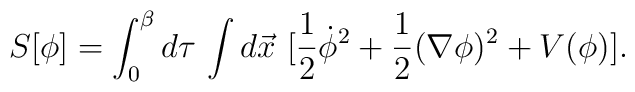
S[\phi] = \int_0^{\beta} d\tau \,\int d\vec{x}\,\,[ \frac{1}{2} \dot{\phi}^2 +\frac{1}{2} ( \nabla \phi)^2+ V(\phi) ].